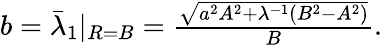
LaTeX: \begin{array}{r}{{b}=\bar{\lambda}_{1}|_{R=B}=\frac{{\sqrt{{a}^{2}A^{2}+\lambda^{-1}(B^{2}-A^{2})}}}{B}.}\end{array}